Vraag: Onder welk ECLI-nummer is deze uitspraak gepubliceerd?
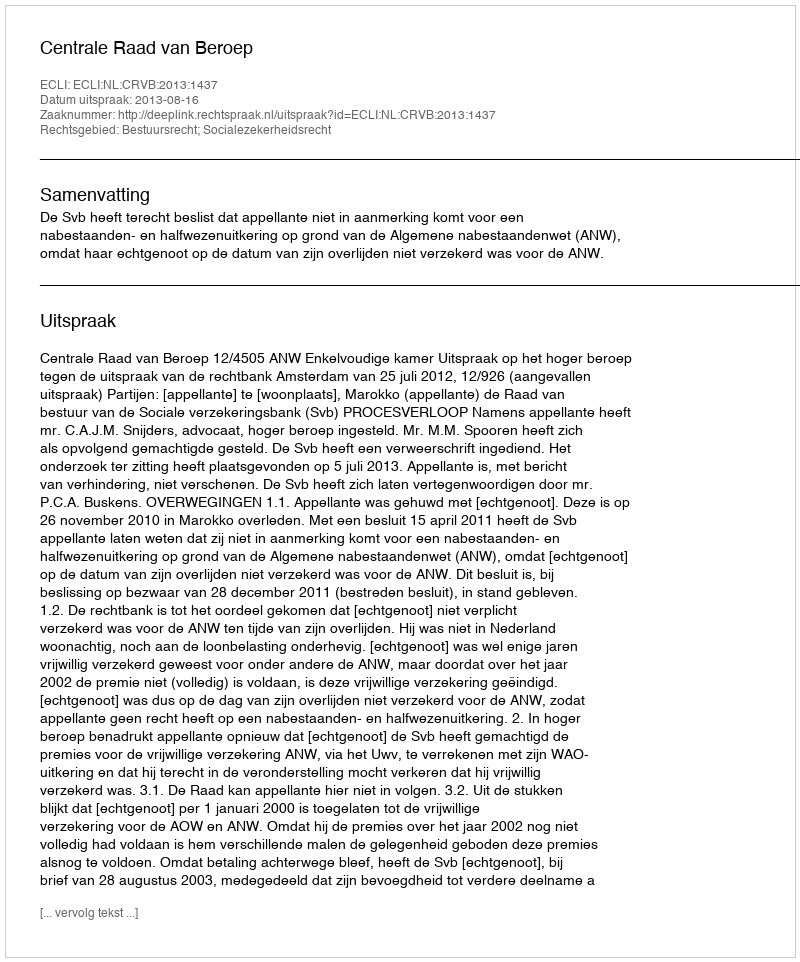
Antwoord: ECLI:NL:CRVB:2013:1437